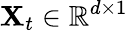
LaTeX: \mathbf{X}_{t}\in\mathbb{R}^{d\times 1}